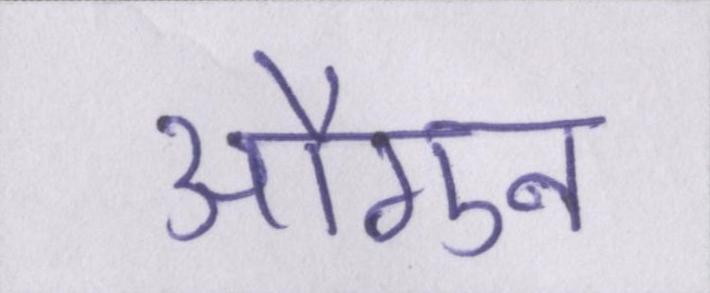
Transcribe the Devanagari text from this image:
औगुन